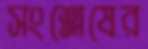
সংশ্লেষের